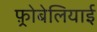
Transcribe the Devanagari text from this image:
फ़्रोबेलियाई